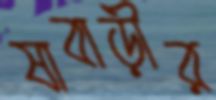
ষাবাড়ীর